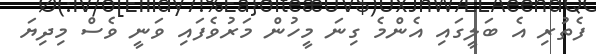
ފެތުރި އެ ބަލީގައި އެންމެ ގިނަ މީހުން މަރުވެފައި ވަނީ ވެސް މިދިޔަ